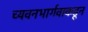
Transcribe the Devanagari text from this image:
च्यवनभार्गवाकडून